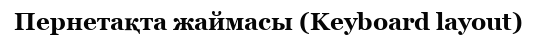
Пернетақта жаймасы (Keyboard layout)